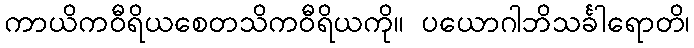
ကာယိကဝီရိယစေတသိကဝီရိယကို။ ပယောဂါဘိသင်္ခါရောတိ၊